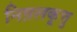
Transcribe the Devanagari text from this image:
निष़लकूत्तु